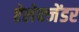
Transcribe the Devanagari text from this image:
ऐलेक्जेंडर